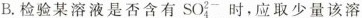
B.检验某溶液是否含有SO_{4}^{2-}时，应取少量该溶